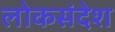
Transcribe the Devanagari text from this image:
लोकसंदेश